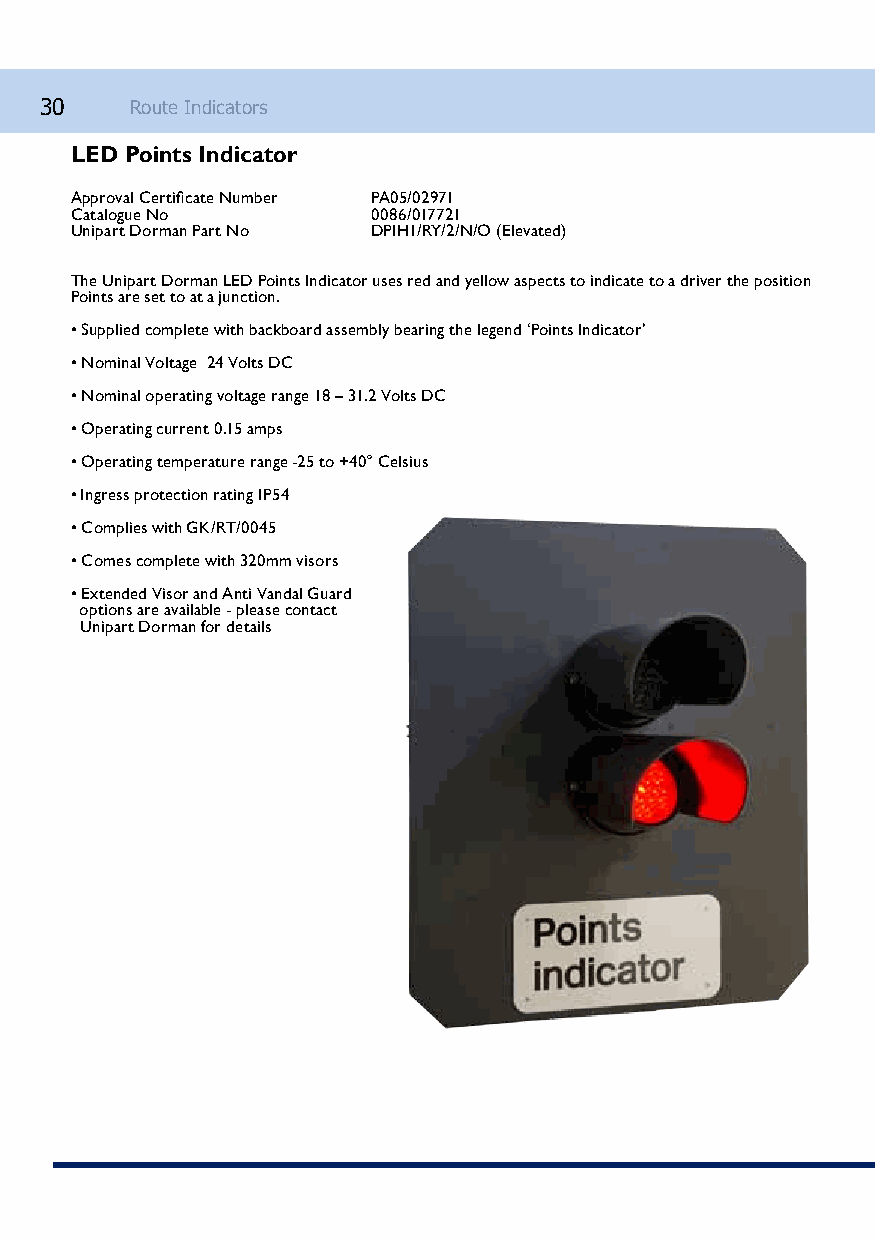
30    Route Indicators
 LED Points Indicator
 Approval Certificate Number PA05/02971
 Catalogue No        0086/017721
 Unipart Dorman Part No DPIH1/RY/2/N/O (Elevated)
 The Unipart Dorman LED Points Indicator uses red and yellow aspects to indicate to a driver the position
 Points are set to at a junction.
 • Supplied complete with backboard assembly bearing the legend ‘Points Indicator’
 • Nominal Voltage 24 Volts DC
 • Nominal operating voltage range 18 – 31.2 Volts DC
 • Operating current 0.15 amps
 • Operating temperature range -25 to +40° Celsius
 • Ingress protection rating IP54
 • Complies with GK/RT/0045
 • Comes complete with 320mm visors
 • Extended Visor and Anti Vandal Guard
 options are available - please contact
 Unipart Dorman for details